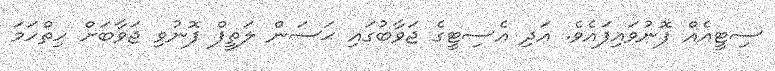
ސިޓީއެއް ފޮނުވައިފައެވެ. އަދި އެސިޓީގެ ޖަވާބުގައި ޙަސަން ލަތީފް ފޮނުވި ޖަވާބަށް ހިތްހަމަ